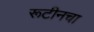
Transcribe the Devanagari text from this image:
रूटीनचा